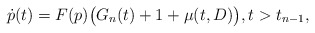
\begin{align*}\dot p(t)=F(p)\big( G_n(t)+1+\mu(t,D)\big),t>t_{n-1},\end{align*}